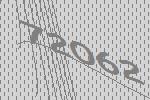
72062